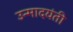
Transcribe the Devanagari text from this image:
उन्मादयंती